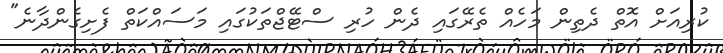
ކުރިއަށް އޮތް ދެތިން މަހެއް ތެރޭގައި ދެން ހުރި ސްޓޭޖްތަކުގައި މަސައްކަތް ފެށިގެންދާނެ"